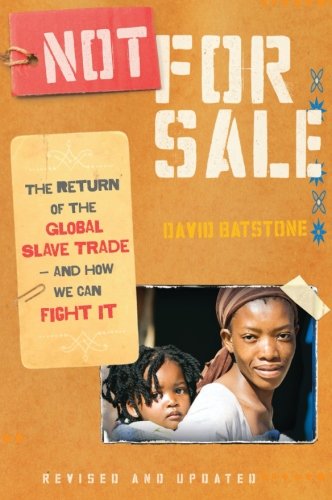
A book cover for Not for Sale: The Return of the Global Slave Trade--and How We Can Fight It; David Batstone; Politics & Social Sciences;